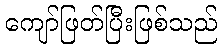
ကျော်ဖြတ်ပြီးဖြစ်သည်